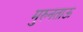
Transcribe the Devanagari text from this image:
मुरुनताऊ